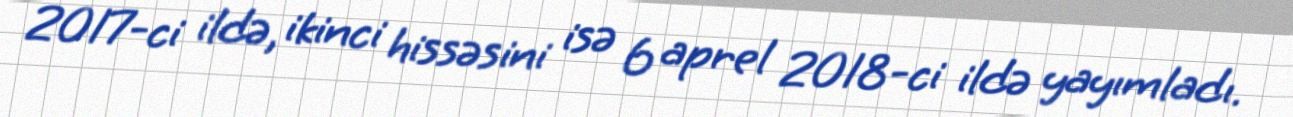
2017-ci ildə, ikinci hissəsini isə 6 aprel 2018-ci ildə yayımladı.